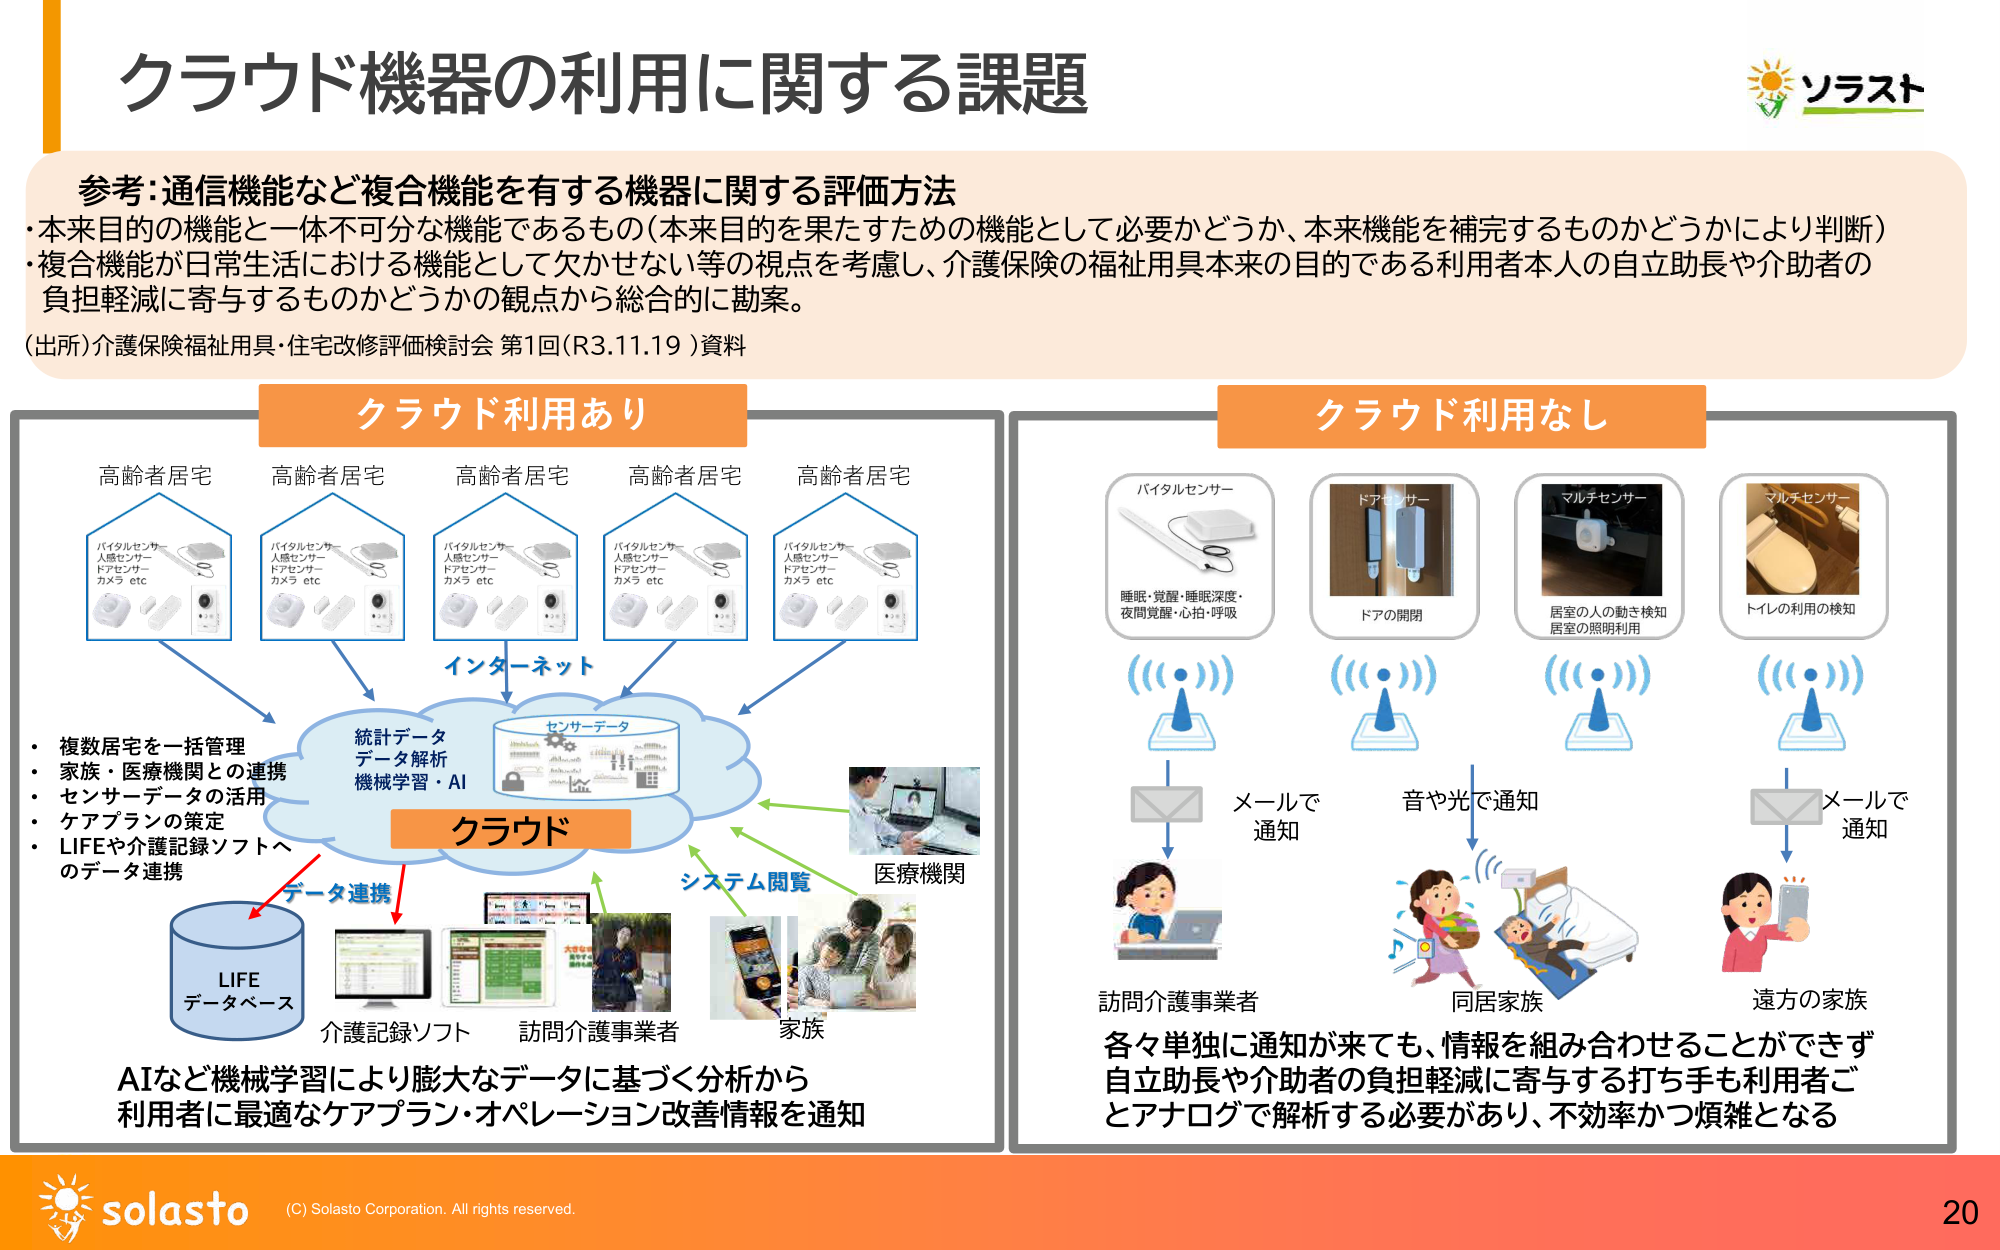
クラウド機器の利用に関する課題

参考：通信機能など複合機能を有する機器に関する評価方法
・本来目的の機能と一体不可分な機能であるもの（本来目的を果たすための機能として必要かどうか、本来機能を補完するものかどうかにより判断）
・複合機能が日常生活における機能として欠かせない等の視点を考慮し、介護保険の福祉用具本来の目的である利用者本人の自立助長や介助者の負担軽減に寄与するものかどうかの観点から総合的に勘案。
（出所）介護保険福祉用具・住宅改修評価検討会 第1回（R3.11.19）資料

クラウド利用あり
高齢者居宅
バイタルセンサー
人感センサー
ドアセンサー
カメラ etc

高齢者居宅
バイタルセンサー
人感センサー
ドアセンサー
カメラ etc

高齢者居宅
バイタルセンサー
人感センサー
ドアセンサー
カメラ etc

高齢者居宅
バイタルセンサー
人感センサー
ドアセンサー
カメラ etc

高齢者居宅
バイタルセンサー
人感センサー
ドアセンサー
カメラ etc

インターネット

統計データ
データ解析
機械学習・AI

センサーデータ

クラウド

・複数居宅を一括管理
・家族・医療機関との連携
・センサーデータの活用
・ケアプランの策定
・LIFEや介護記録ソフトへのデータ連携

データ連携
LIFE
データベース

介護記録ソフト

訪問介護事業者

家族

システム閲覧

医療機関

AIなど機械学習により膨大なデータに基づく分析から
利用者に最適なケアプラン・オペレーション改善情報を通知

クラウド利用なし

バイタルセンサー
睡眠・覚醒・睡眠深度・
夜間覚醒・心拍・呼吸

ドアセンサー
ドアの開閉

マルチセンサー
居室の人の動き検知
居室の照明利用

マルチセンサー
トイレの利用の検知

メールで
通知

音や光で通知

メールで
通知

訪問介護事業者

同居家族

遠方の家族

各々単独に通知が来ても、情報を組み合わせることができず
自立助長や介助者の負担軽減に寄与する打ち手も利用者ごとアナログで解析する必要があり、不効率かつ煩雑となる

ソラスト

solasto
(C) Solasto Corporation. All rights reserved.
20